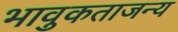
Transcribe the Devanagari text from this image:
भावुकताजन्य